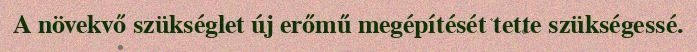
A növekvő szükséglet új erőmű megépítését tette szükségessé.